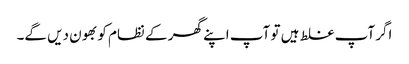
اگر آپ غلط ہیں تو آپ اپنے گھر کے نظام کو بھون دیں گے۔